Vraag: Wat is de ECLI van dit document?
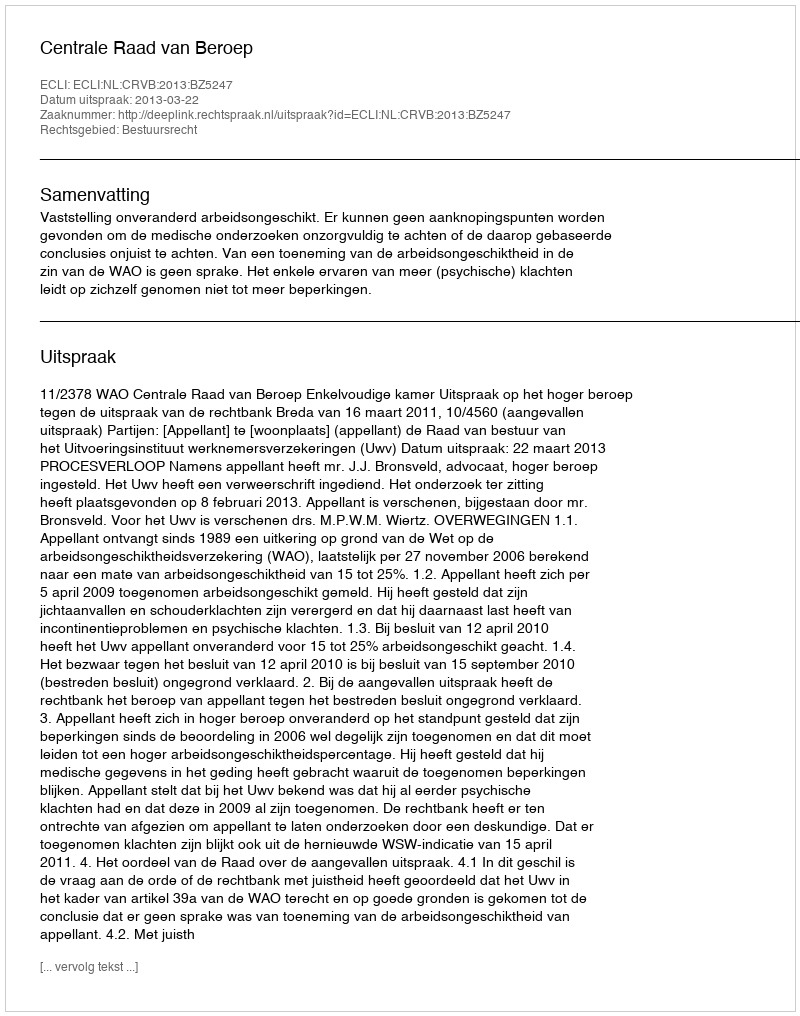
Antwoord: ECLI:NL:CRVB:2013:BZ5247